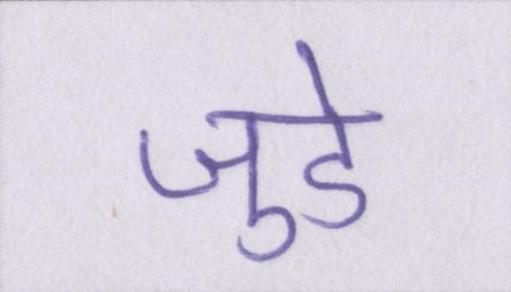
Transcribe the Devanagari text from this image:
जुडे